Papers set at the Examination for Leaving Certificates, 1892
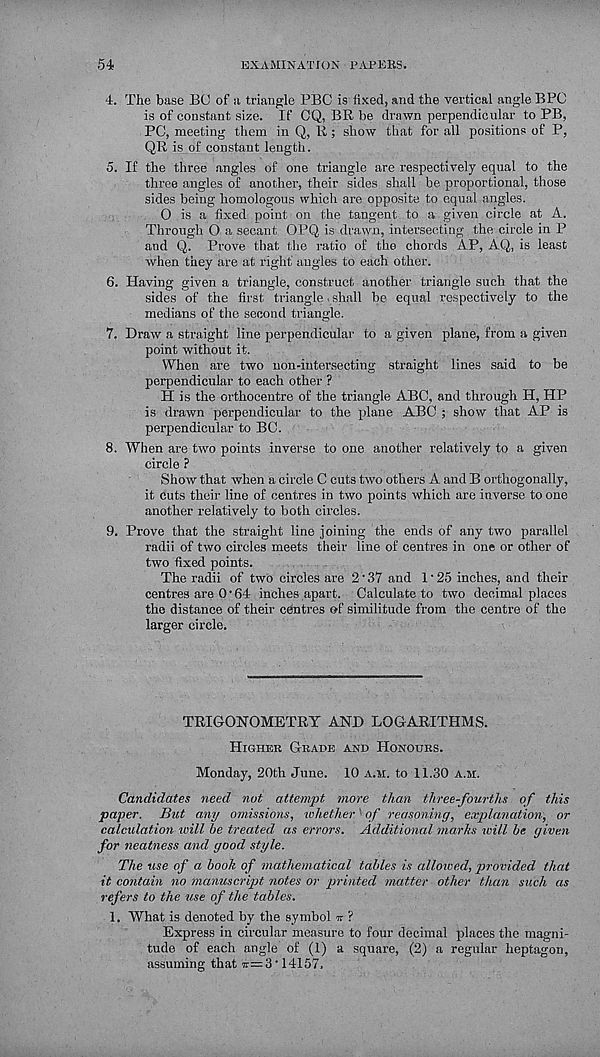
54
EXAMINATION PAPERS.
4. The base BO of a triangle BBC is fixed, and the vertical angle BBC
is of constant size. If CQ, BR be drawn perpendicular to BB,
BC, meeting them in Q, R; show that for all positions of B,
QR is of constant length.
5. If the three angles of one triangle are respectively equal to the
three angles of another, their sides shall be proportional, those
sides being homologous which are opposite to equal angles.
0 is a fixed point on the tangent to a given circle at A.
Through O a secant OBQ is drawn, intersecting the circle in B
and Q. Brove that the ratio of the chords AB, AQ, is least
when they are at right angles to each other.
6. Having given a triangle, construct another triangle such that the
sides of the first triangle ■ shall be equal respectively to the
medians of the second triangle.
7. Draw a straight line perpendicular to a given plane, from a given
point without it.
When are two non-intersecting straight lines said to be
perpendicular to each other ?
H is the orthocentre of the triangle ABC, and through H, HB
is drawn perpendicular to the plane ABC ; show that AB is
perpendicular to BC.
8. When are two points inverse to one another relatively to a given
circle ?
Show that when a circle C cuts two others A and B orthogonally,
it cuts their line of centres in two points which are inverse to one
another relatively to both circles.
9. Brove that the straight line joining the ends of any two parallel
radii of two circles meets their line of centres in one or other of
two fixed points.
The radii of two circles are 2'37 and I' 25 inches, and their
centres are 0 • 64 inches apart. Calculate to two decimal places
the distance of their centres of similitude from the centre of the
larger circle.
TRIGONOMETRY AND LOGARITHMS.
Higher Grade and Honours.
Monday, 20th June. 10 a.m. to 11.30 a.m.
Candidates need nut attempt more than three-fourths of this
paper. But any omissions, whether ■ of reasoning, explanation, or
calculation will he treated as errors. Additional marks xvill he given
for neatness and good style.
The use of a booh of mathematical tables is allowed, provided that
it contain no manuscript notes or printed matter other than such as
refers to the use of the tables.
1. What is denoted by the symbol tt ?
Express in circular measure to four decimal places the magni-
tude of each angle of (1) a square, (2) a regular heptagon,
assuming that ir=3 - 14157,